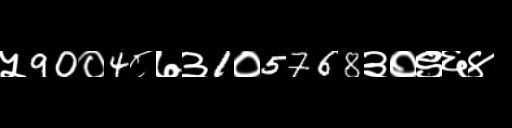
Text: ५90०4८७३1०5768३०९६४